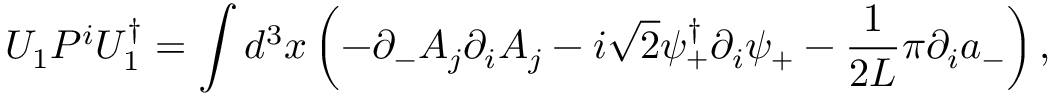
U _ { 1 } P ^ { i } U _ { 1 } ^ { \dagger } = \int d ^ { 3 } x \left( - \partial _ { - } A _ { j } \partial _ { i } A _ { j } - i \sqrt { 2 } \psi _ { + } ^ { \dagger } \partial _ { i } \psi _ { + } - \frac { 1 } { 2 L } \pi \partial _ { i } a _ { - } \right) ,